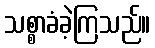
သစ္စာခံခဲ့ကြသည်။